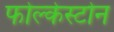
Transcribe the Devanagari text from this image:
फोल्केस्टोन